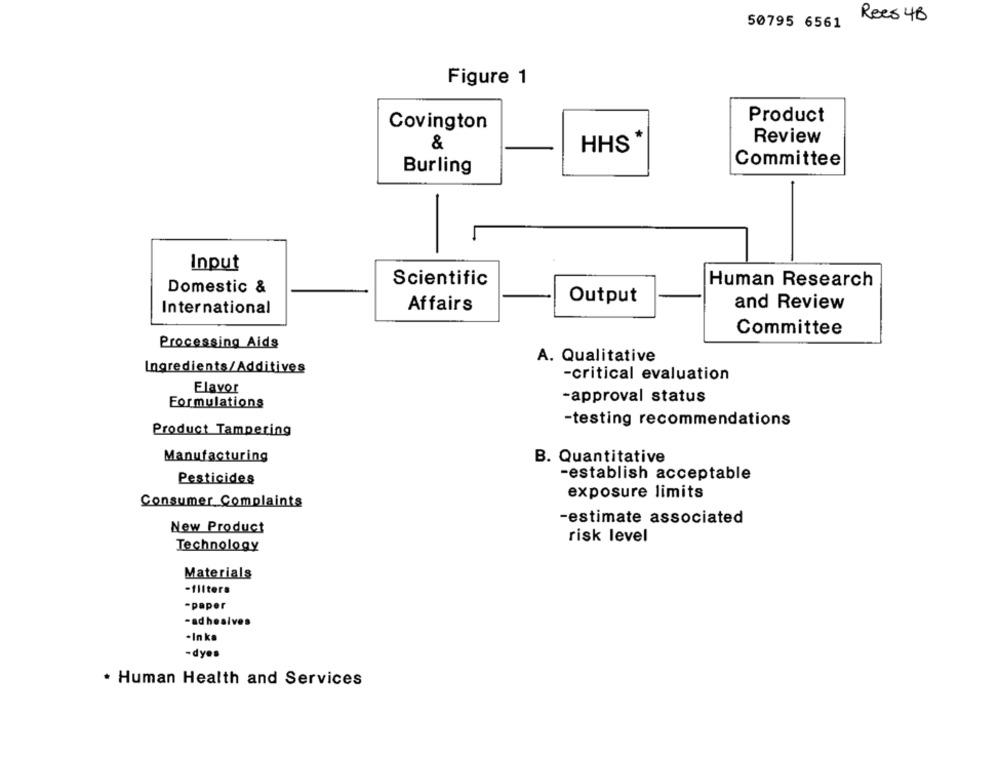
Rees 4B
50795 6561
Figure 1
Product
Covington
&
HHS *
Review
Committee
Burling
Input
Domestic &
Scientific
Human Research
Output
International
Affairs
and Review
Committee
Processing Aids
A. Qualitative
Ingredients/Additives
-critical evaluation
Flavor
-approval status
Formulations
-testing recommendations
Product Tampering
Manufacturing
B. Quantitative
-establish acceptable
Pesticides
exposure limits
Consumer_Complaints
-estimate associated
New Product
risk level
Technology
Materials
-filters
-paper
-adhesives
- In ka
-dyes
. Human Health and Services